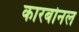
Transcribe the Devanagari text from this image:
कारबोनल